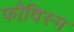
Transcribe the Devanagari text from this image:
फौविस्म